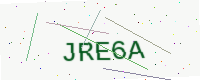
Text: JRE6A